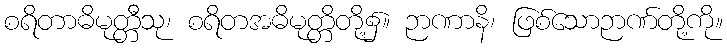
စရိတာဓိမုတ္တီသု၊ စရိတအဓိမုတ္တိတို့၌။ ဉာဏာနိ၊ ဖြစ်သောဉာဏ်တို့ကို။